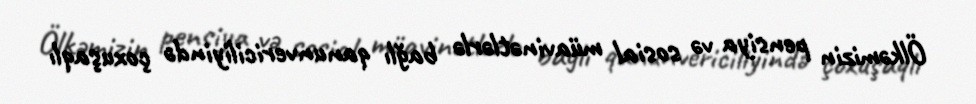
Ölkəmizin pensiya və sosial müavinətlərlə bağlı qanunvericiliyində çoxuşaqlı